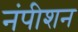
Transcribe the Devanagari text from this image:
नंपीशन